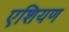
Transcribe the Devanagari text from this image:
एशियण